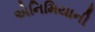
એનિમિયાની